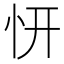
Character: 𭜕